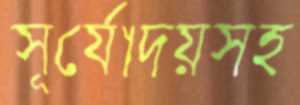
সূর্যোদয়সহ